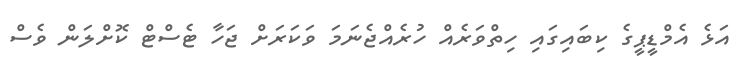
އަޅެ އެމްޑީޕީގެ ކިބައިގައި ހިތްވަރެއް ހުރެއްޖެނަމަ ވަކަރަށް ޖަހާ ޓެސްޓް ކޮށްލަން ވެސް